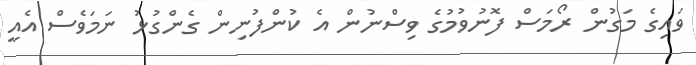
ވައިގެ މަގުން ރޯމަސް ފޮނުވުމުގެ ވިސްނުން އެ ކުންފުނިން ގެންގުޅު ނަމަވެސް އެއީ